Vital statistics of India. Vol. IV, Annual returns from 1871 to 1876. British Army of India, Native Army and jails of Bengal
Year: 1871
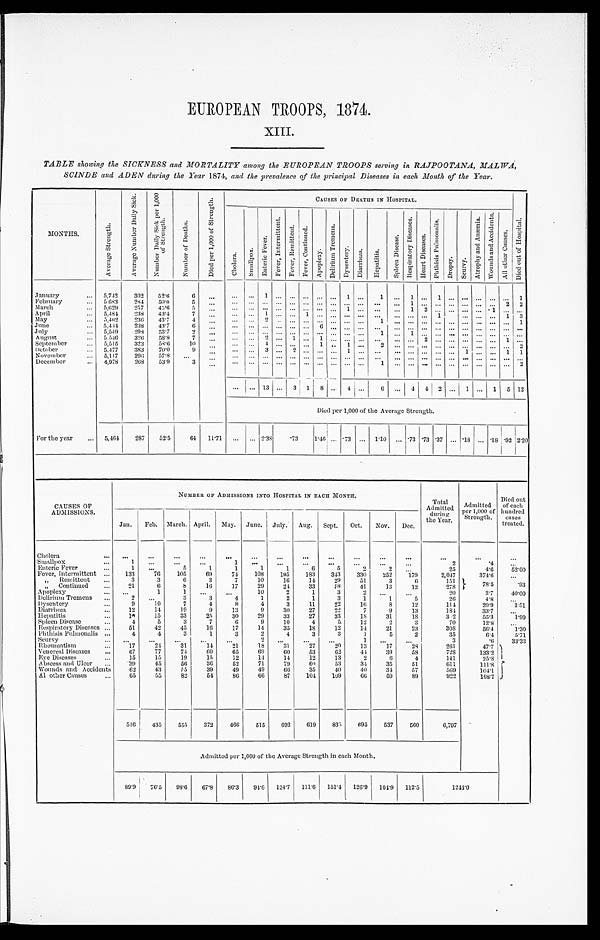
EUROPEAN TROOPS, 1874.
XIII.
TABLE showing the SICKNESS and MORTALITY among the EUROPEAN TROOPS serving in RAJPOOTANA, MALWA,
SCINDE and ADEN during the Year 1874, and the prevalence of the principal Diseases in each Month of the Year.
M O N T H S .
A v e r a g e S t r e n g t h .
A v e r a g e N u m b e r D a i l y S i c k .
N u m b e r D a i l y S i c k p e r 1 , 0 0 0 o f S t r e n g t h .
N u m b e r o f D e a t h s .
D i e d p e r 1 , 0 0 0 o f S t r e n g t h .
C A U S E S O F D E A T H S I N H O S P I T A L .
D i e d o u t o f H o s p i t a l .
C h o l e r a .
S m a l l p o x .
E n t e r i c F e v e r .
F e v e r , I n t e r m i t t e n t . F e v e r , R e m i t t e n t . F e v e r , C o n t i n u e d .
A p o p l e x y .
D e l i r i u m T r e n c h i s .
D y s e n t e r y .
D i a r r h œ a .
H e p a t i t i s .
S p l e e n D i s e a s e .
R e s p i r a t o r y D i s e a s e s . H e a r t D i s e a s e s .
P h t h i s i s P u l m o n a l i s .
D r o p s y .
S c u r v y .
A t r o p h y a n d A n æ m i a . W o u n d s a n d A c c i d e n t s .
A l l o t h e r C a u s e s .
January . . .
5,742
302
52.6
6
. . .
. . .
. . .
1
. . . . . . . . . . . . . . . 1 . . . 1
. . . 1 . . . 1
. . . . . .
. . . . . .
. . .
1
February . . .
5.683
284
50.0
5
. . .
. . .
. . . . . . . . . . . . . . . . . . . . . . . . . . . . . .
. . . 1 . . . . . . . . . . . .
. . . . . .
2
2
March . . .
5,629
2 5 7 45.6
5
. . .
. . .
. . . . . . . . . . . . . . . . . . . . . 1 . . . . . .
. . . 1 2 . . . . . . . . .
. . . 1 . . .
. . .
April . . .
5,484 238
43.4
7
. . . . . .
. . . 1
. . . . . . 1 . . . . . . . . . . . . . . .
. . .
. . . . . . 1
. . .
. . . . . .
1
3
May . . .
5 , 4 0 2 236
43.7
4 . . . . . .
. . . 2
. . . . . . . . . . . . . . . . . . . . .
1
. . .
. . . . . . . . . . . .
. . . . . . . . . . . . 1
June . . .
5,444 238
43.7
6
. . .
. . .
. . . . . . . . . . . . . . . 6
. . .
. . . . . .
. . . . . . . . . . . . . . . . . . . . .
. . . . . .
. . .
. . .
July . . .
5,549 298
5 3 . 7
2
. . .
. . .
. . . . . . . . . . . . . . . . . . . . . . . . . . .
1 . . . 1 . . . . . . . . . . . .
. . . . . .
. . .
. . .
August . . .
5.546
326
5 8 . 8
7
. . .
. . .
. . . 2
. . . 1 . . . 1
. . .
. . . . . .
. . . . . . . . . 2 . . . . . . . . .
. . . . . .
1
. . .
September . . .
5,515
323
58.6
10 . . . . . .
. . . 4
. . . . . . . . . 1
. . .
1
. . .
2 . . . . . . . . . . . . . . . . . .
. . . . . .
. . . 2
October . . .
5,477
383
70.0
9 . . .
. . .
. . . 3
. . . 2 . . . . . . . . .
1
. . .
. . . . . . . . . . . . . . . . . . 1 . . . . . .
1
1
November . . .
5,117
296
57.8
. . .
. . .
. . .
. . . . . . . . . . . . . . . . . . . . . . . . . . . . . .
. . .
. . . . . . . . . . . .
. . . . . . . . . . . .
. . .
December . . .
4,978
268
53.9
3
. . .
. . .
. . . . . . . . . . . .
. . . . . . . . . . . . . . .
1
. . .
. . . . . . . . .
. . . . . . . . . . . . . . . 2
. . .
. . . 13
. . . 3 1 8
. . . 4 . . .
6
. . . 4
4 2
. . . 1 . . . 1 5
12
Died per 1,000 of the Average Strength.
For the year . . .
5,464
287
52.5
64 11.71
. . .
. . . 2.38
.73
1.46 . . . .73 . . . 1.10
. . . . 7 3 . 7 3 .37
. . .
.18 . . .
. 1 8
.92 2.20
CAUSES OF
ADMISSIONS.
NUMBER OF ADMISSIONS INTO HOSPITAL IN EACH MONTH.
T o t a l
Admitted
during
the Year.
Admitted
per 1,000 of
Strength.
Died out
of each
hundred
cases
treated.
Jan. Feb. March. April. May. June. July. Aug. Sept. Oct. Nov. Dec.
Cholera . . .
. . .
. . .
. . .
. . .
. . .
. . .
. . .
. . .
. . .
. . .
. . .
. . .
. . .
. . .
. . .
Smallpox . . .
1
. . .
. . .
. . .
1
. . .
. . .
. . .
. . .
. . .
. . .
. . .
2
. 4
. . .
Enteric Fever . . .
1
. . .
5
1
1
1
1
6
5
2
2
. . .
25
4.6
52.00
Fever, Intermittent . . . 133
76
105
69
74
108
195
183
343 330
252
179
2,047
374.6
. . .
" R e m i t t e n t . . .
3
3
6
3
7
10
16
14
29
51
3
6
151
78.5
.93
" Continued
. . .
21
6
8
16
17
29
24
33
58
41
13
12
278
Apoplexy . . .
. . .
1
1
. . .
. . .
10
2
1
3
2
. . .
. . .
20
3.7
40.00
Delirium Tremens . . .
2
. . .
3
3
4
1
2
1
3
1
1
5
26
4.8
. . .
Dysentery . . .
9
10
7
4
8
4
3
11
22
16
8
12
114
20.9
3.51
Diarrhœa . . .
12
14
19
9
13
9
30
27
22
7
9
13
184
33.7
. . .
Hepatitis . . .
10
15
33
25
30
29
33
27
33
18
31
18
3 2
55.3
1.99
Spleen Disease . . .
4
5
3
7
6
9
10
4
5
12
2
3
70
12.8
. . .
Respiratory Diseases . . .
51
42
45
16
17
14
35
18
12
14
21
23
308
56.4
1.30
Phthisis Pulmonalis . . .
4
4
3
1
3
2
4
3
3
1
5
2
35
6.4
5.71
Scurvy . . .
. . .
. . . . . .
. . .
. . .
2
. . .
. . .
. . .
1
. . .
. . .
3
.6
33.33
Rheumatism . . .
17
2 4
31
14
21
18
31
27
20
13
17
28
261
47.7
Venereal Diseases . . .
67
77
74
60
65
69
60
53
62
44
39
58
728
133.2
Eye Diseases . . .
15
15
19
15
12
14
14
12
13
2
6
4
141
25.8
Abscess and Ulcer . . .
39
45
56
36
52
71
79
60
53
34
35
51
611
1 1 1 . 8
Wounds and Accidents . . .
62
43
55
39
49
49
66
35
40
40
34
57
569
104.1
All other Causes . . .
65
55
82
54
86
66
87
104 109
66
59
89
922
168.7
516
435
555
372
466
515
692
619
835 695
537
560
6,797
Admitted per 1,000 of the Average Strength in each Month.
89.9
76.5
98.6 67.8 86.3 94.6 124.7 111.6 151.4 126.9 104.9 112.5
1 2 4 4 . 0